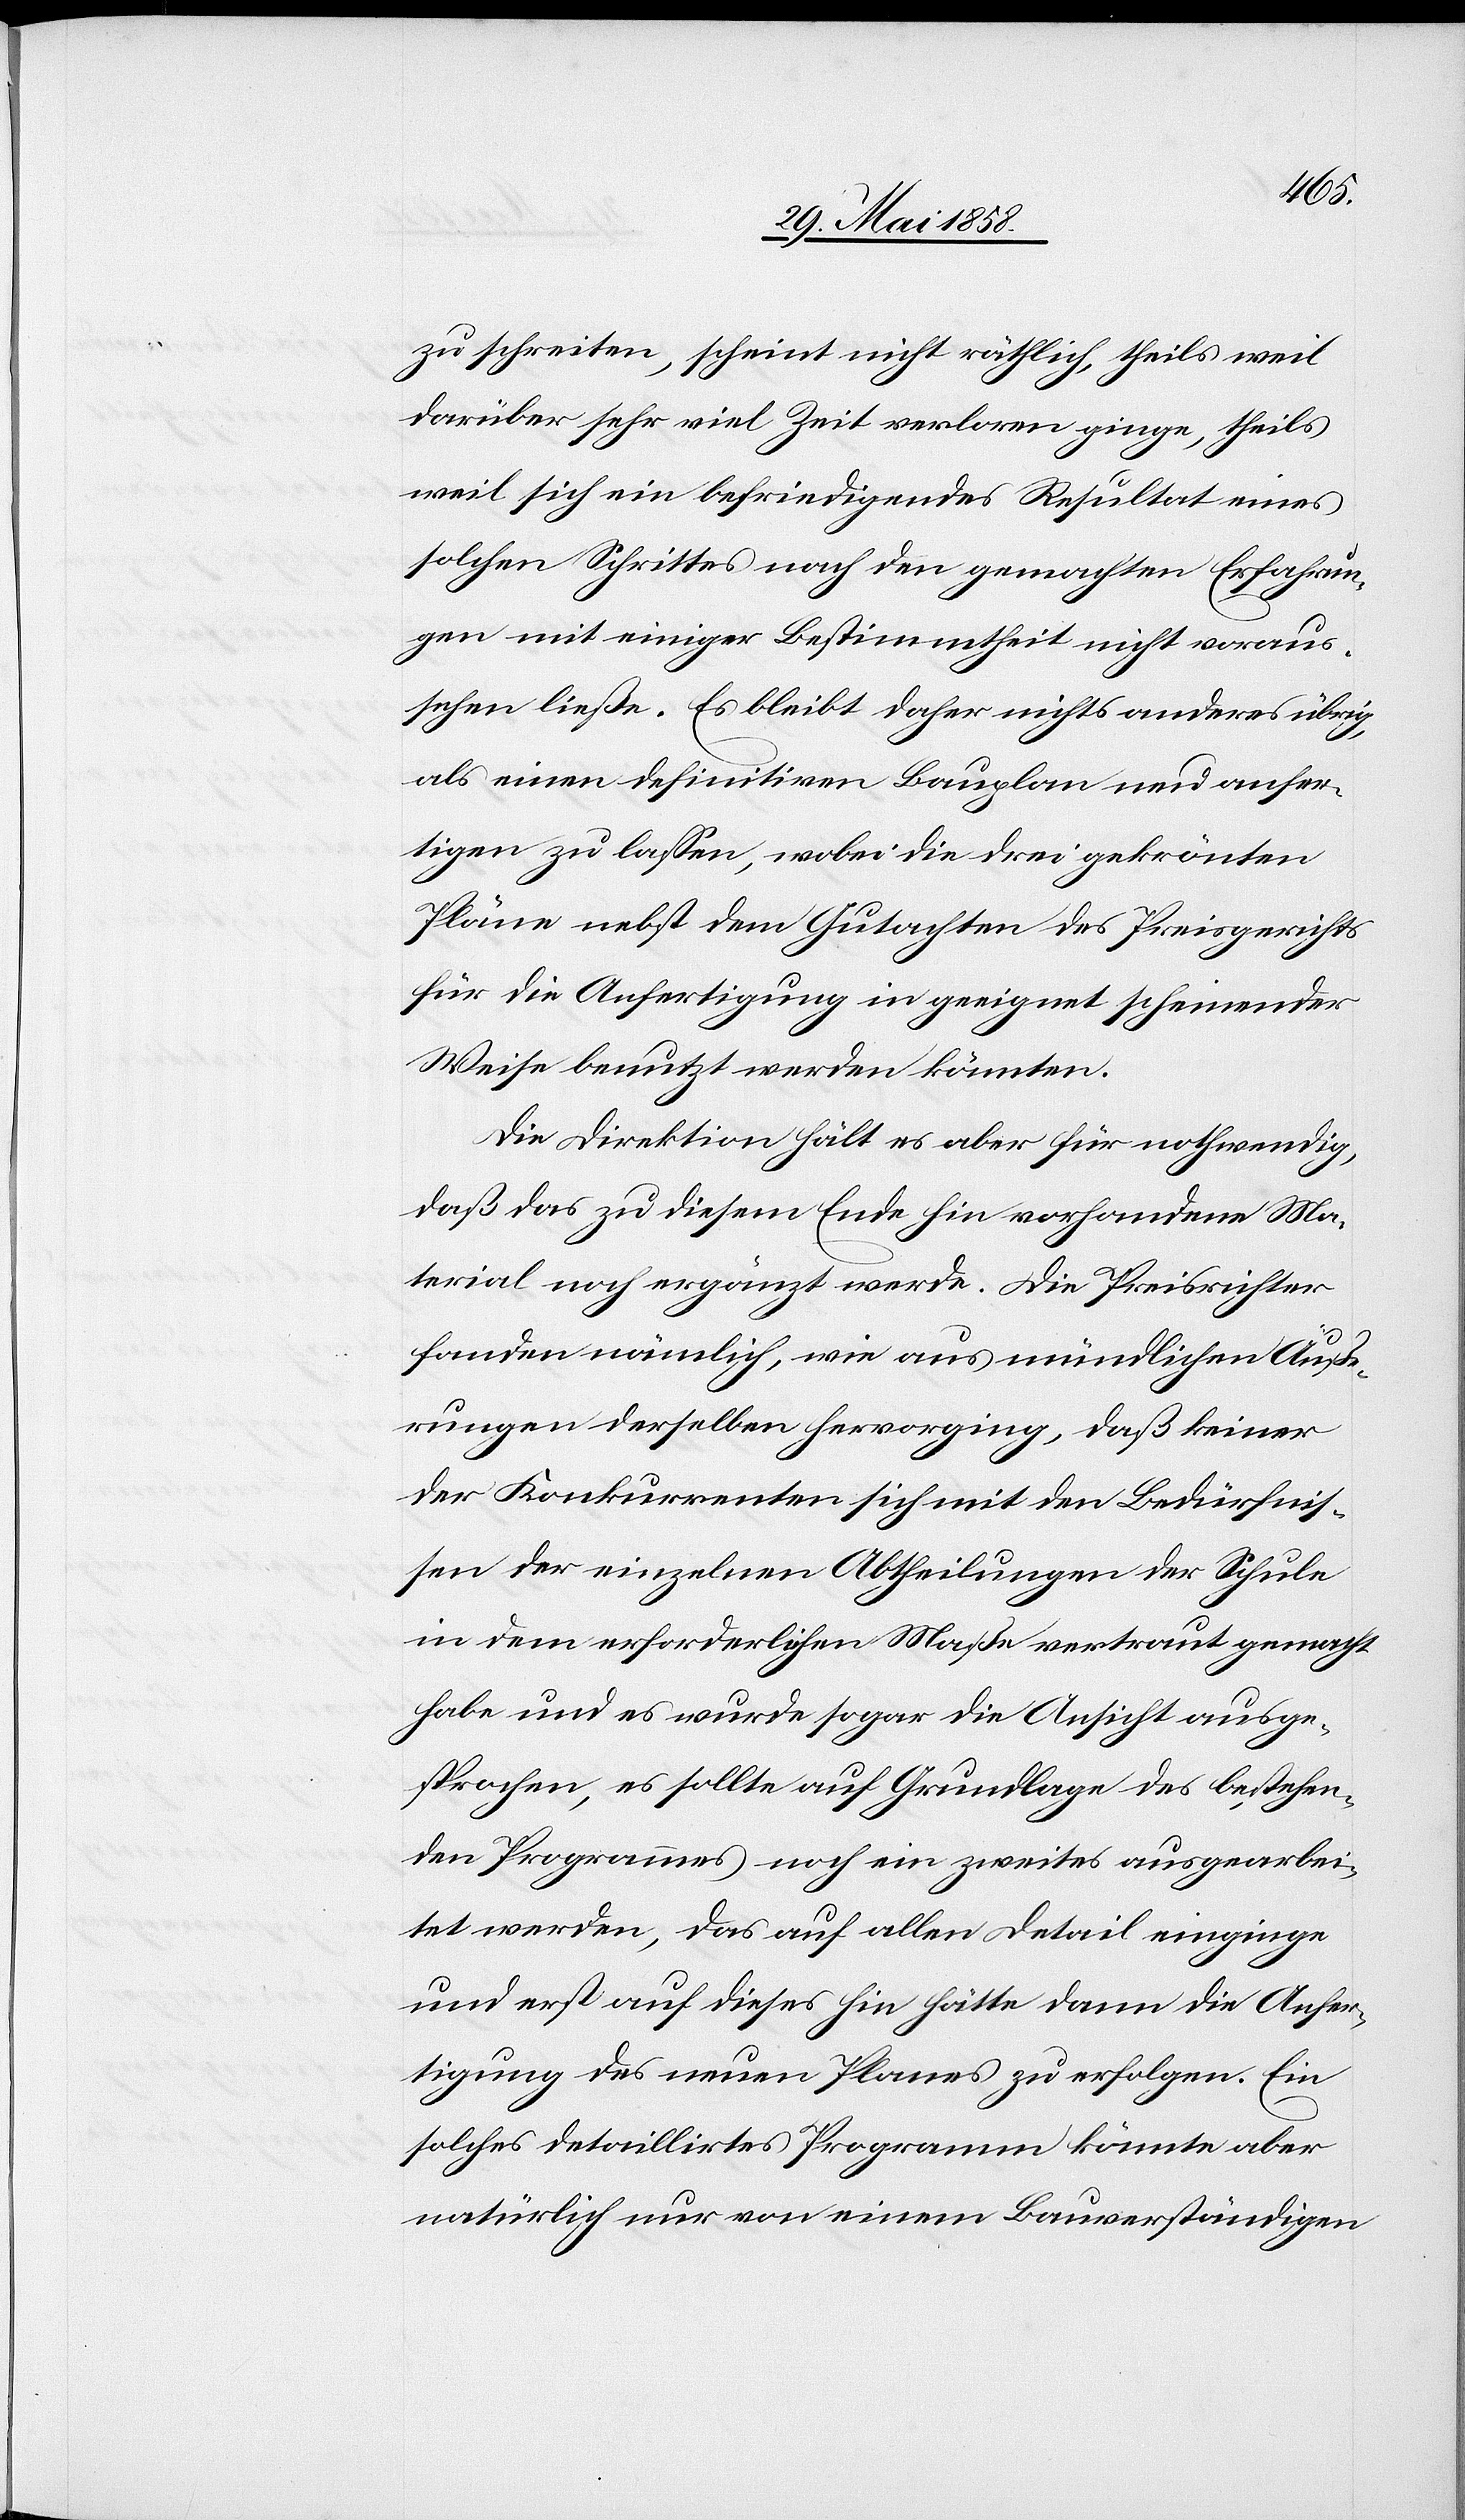
zu schreiten, scheint nicht räthlich, theils weil
darüber sehr viel Zeit verloren ginge, theils
weil sich ein befriedigendes Resultat eines
solchen Schrittes nach den gemachten Erfahrun¬
gen mit einiger Bestimmtheit nicht voraus¬
sehen ließe. Es bleibt daher nichts anderes übrig,
als einen definitiven Bauplan neu anfer¬
tigen zu lassen, wobei die drei gekrönten
Pläne nebst dem Gutachten des Preisgerichts
für die Anfertigung in geeignet scheinender
Weise benutzt werden könnten.
Die Direktion hält es aber für nothwendig,
daß das zu diesem Ende hin vorhandene Ma¬
terial noch ergänzt werde. Die Preisrichter
fanden nämlich, wie aus mündlichen Äuße¬
rungen derselben hervorging, daß keiner
der Konkurrenten sich mit den Bedürfnis¬
sen der einzelnen Abtheilungen der Schule
in dem erforderlichen Maße vertraut gemacht
habe und es wurde sogar die Ansicht ausge¬
sprochen, es sollte auf Grundlage des bestehen¬
den Programmes noch ein zweites ausgearbei¬
tet werden, das auf allen Detail einginge
und erst auf dieses hin hätte dann die Anfer¬
tigung des neuen Planes zu erfolgen. Ein
solches detaillirtes Programm könnte aber
natürlich nur von einem Bauverständigen